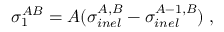
\sigma _ { 1 } ^ { A B } = A ( \sigma _ { i n e l } ^ { A , B } - \sigma _ { i n e l } ^ { A - 1 , B } ) \; ,